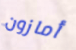
أمازون